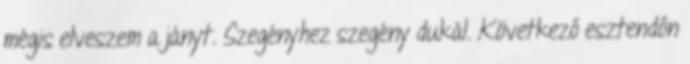
mégis elveszem a jányt. Szegényhez szegény dukál. Következő esztendőn